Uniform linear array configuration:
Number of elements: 8
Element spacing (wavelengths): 0.25
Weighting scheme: cosine
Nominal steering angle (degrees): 30
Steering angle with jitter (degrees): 31.649
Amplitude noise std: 0.05
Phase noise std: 0.05

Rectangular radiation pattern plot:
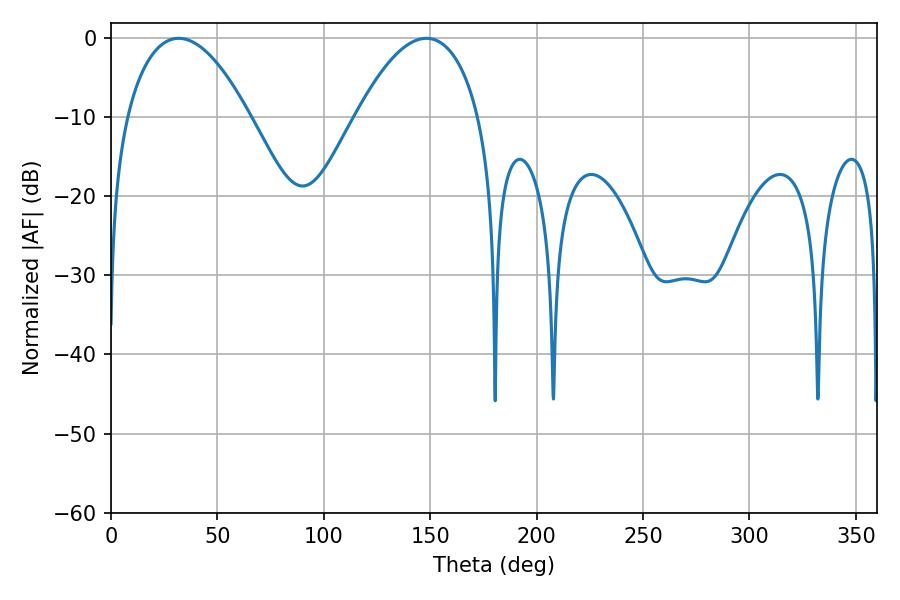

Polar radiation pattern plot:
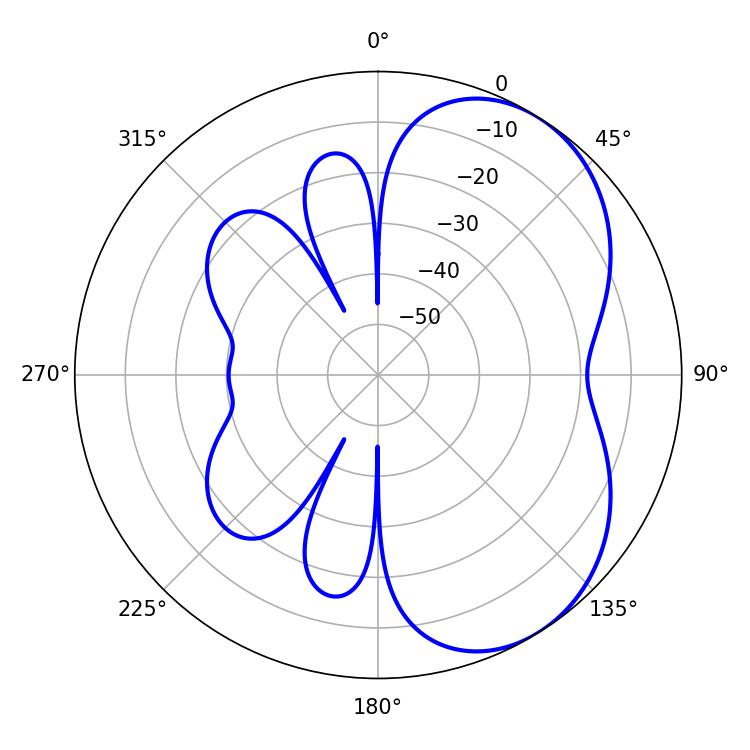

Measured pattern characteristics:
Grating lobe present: FALSE
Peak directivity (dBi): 4.848
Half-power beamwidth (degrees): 32.04
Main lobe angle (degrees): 31.86